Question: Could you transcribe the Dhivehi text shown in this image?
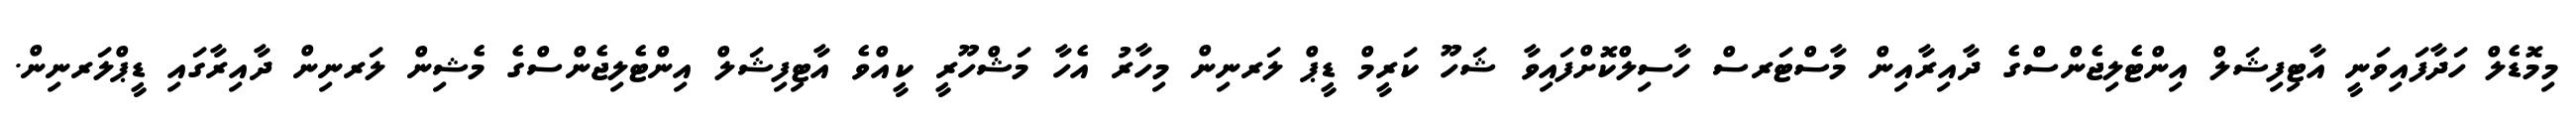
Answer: މިމޮޑެލް ހަދާފައިވަނީ އާޓިފިޝަލް އިންޓެލިޖެންސްގެ ދާއިރާއިން މާސްޓަރސް ހާސިލްކޮށްފައިވާ ޝަހޫ ކަރީމް ޑީޕް ލަރނިން މިހާރު އެހާ މަޝްހޫރީ ކީއްވެ އާޓިފިޝަލް އިންޓެލިޖެންސްގެ މެޝިން ލަރނިން ދާއިރާގައި ޑީޕްލަރނިން.